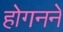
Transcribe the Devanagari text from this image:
होगनने